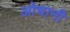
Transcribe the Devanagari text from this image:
ओचानी